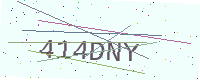
Text: 414DNY